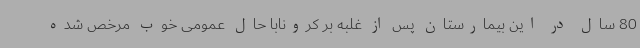
80 سال در این بیمارستان پس از غلبه بر کرونابا حال عمومی خوب مرخص شده